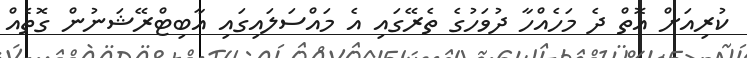
ކުރިއަށް އޮތް ދެ މަހެއްހާ ދުވަހުގެ ތެރޭގައި އެ މައްސަލައިގައި އާބިޓްރޭޝަނުން ގޮތެއް